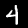
Label: 4